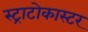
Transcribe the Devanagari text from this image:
स्ट्राटोकास्टर